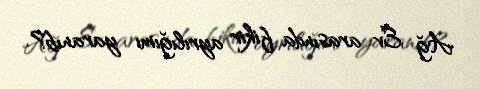
Ağ Ev arasında fikir ayrılığımı yaranıb?.